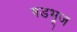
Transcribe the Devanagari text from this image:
षडभूज